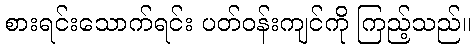
စားရင်းသောက်ရင်း ပတ်ဝန်းကျင်ကို ကြည့်သည်။